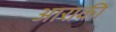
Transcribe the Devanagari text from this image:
आराकी